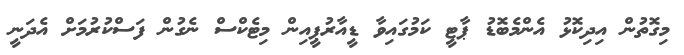
މިގޮތުން އިދިކޮޅު އެންމެބޮޑު ޕާޓީ ކަމުގައިވާ ޑީއާރުޕީއިން މިޓެކްސް ނެގުން ފަސްކުރުމަށް އެދަނީ